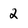
Character: 2